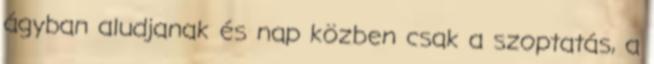
ágyban aludjanak és nap közben csak a szoptatás, a